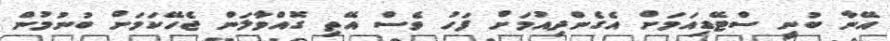
އޭނާ ބުނީ ސްޓޭޑިއަމަށް އެގެންދިއުމަށް ފަހު ވެސް އޭތި ގޮއްވާލަން ޖެހޭކަމަށް ބުނުމުން